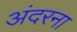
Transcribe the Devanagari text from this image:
अंदरना